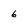
Character: 6